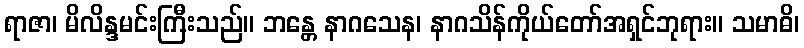
ရာဇာ၊ မိလိန္ဒမင်းကြီးသည်။ ဘန္တေ နာဂသေန၊ နာဂသိန်ကိုယ်တော်အရှင်ဘုရား။ သမာဓိ၊